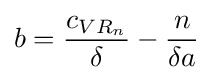
b={\frac {c_{VR_{n}}}{\delta }}-{\frac {n}{\delta a}}